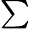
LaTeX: \textstyle\sum